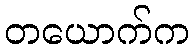
တယောက်က